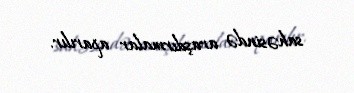
sahəsində araşdırmalar aparılır.